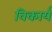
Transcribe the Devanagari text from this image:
विकार्य